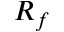
R _ { f }